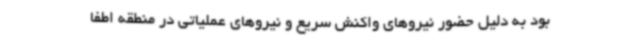
بود به دلیل حضور نیروهای واکنش سریع و نیروهای عملیاتی در منطقه اطفا